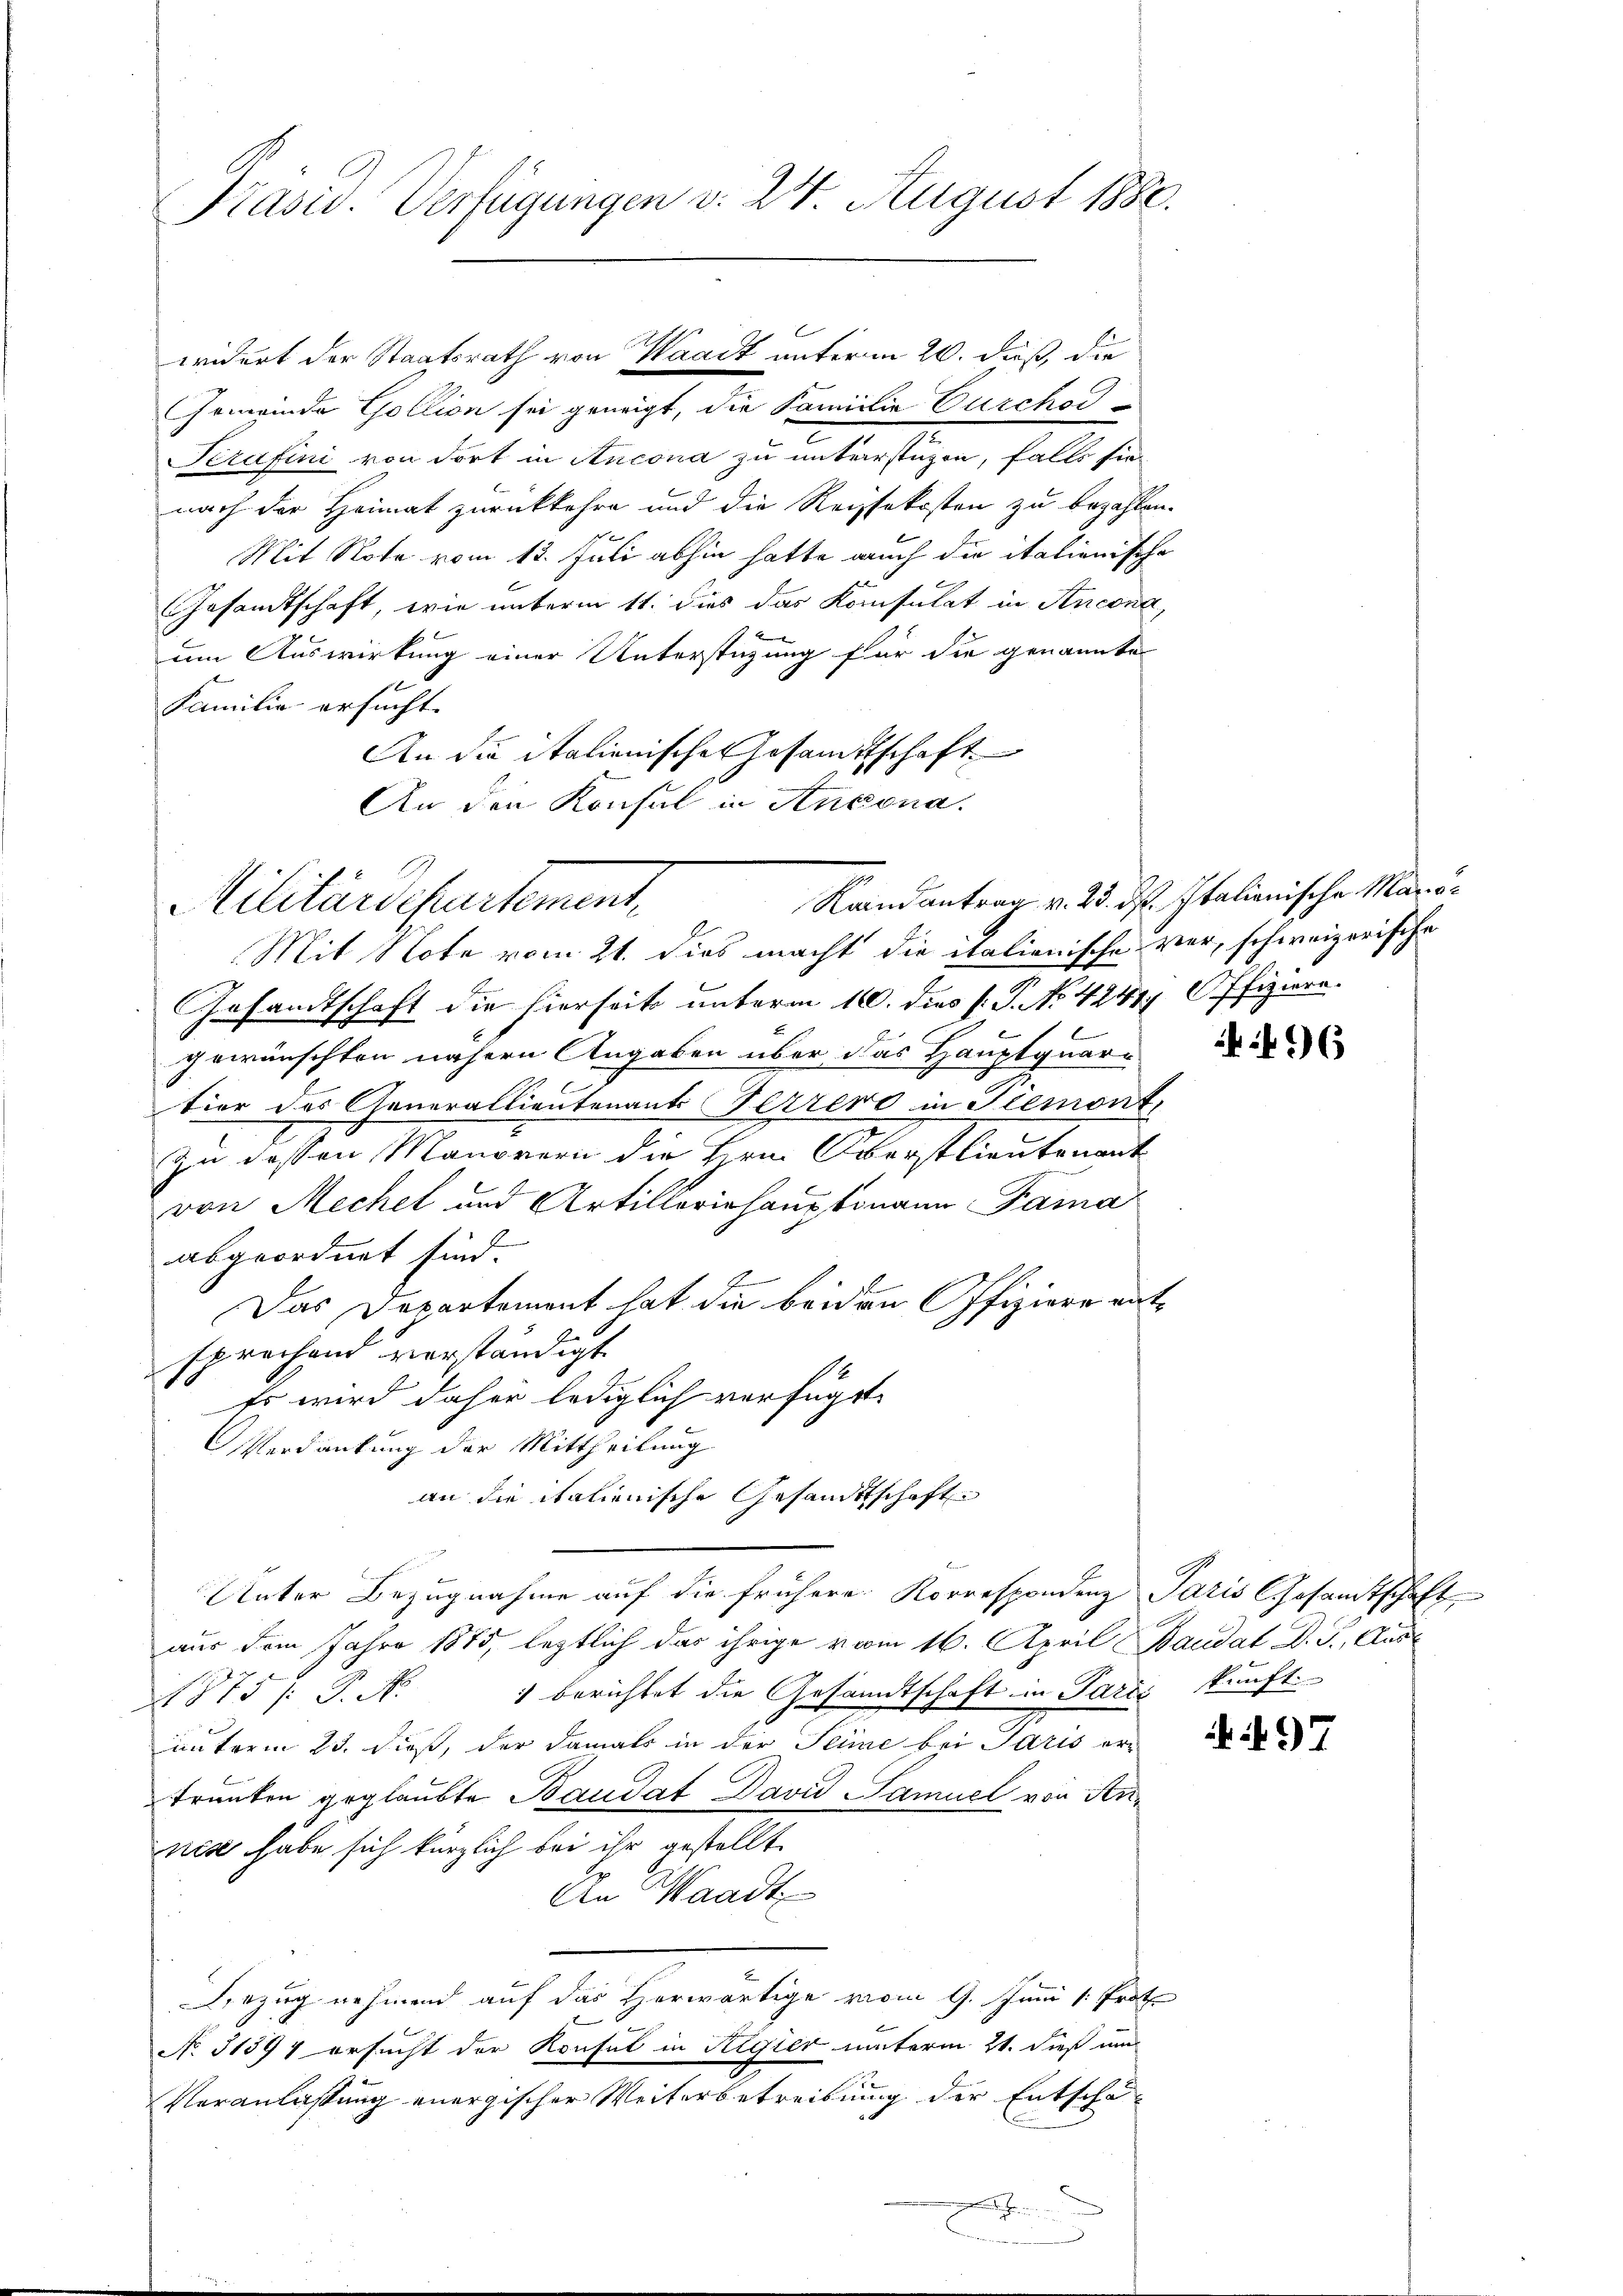
Präsid. Verfügungen d. 24. August 1880.

Gemeinde Gollion sei geneigt, die Familie Durchod-
Kerusini von dort in Ancona zu unterstüzen, falls sie
nach der Heimat zurückkehre und die Reisekosten zu bezahlen.
Mit Note vom 13. Juli abhin hatte auch die italienische
Gesamtschaft, wie unterm 11. dies das Konsulat in Ancona,
um Auswirkung einer Unterstüzung für die genannte
Familie ersucht.
An die italienisches Gesamtschaft
An den Konsul in Antona

widert der Staatsrath von Waadt unterm 20. Fuß, die

Militärdepartement,

Kaindantrag v. 23. ds. Italienische Mara¬

Mit Note vom 21. dies macht die italionische vor, schweizerische
Gesandtschaft die hierseits unterm 16. dies P. P. No 42417 Offiziere.
gewünschten nähern Angaben über das Hauptquar-
tier des Generallieutenant Herrere in Piemont,
Zu dessen Manörern die Hrn. Oberstlieutenant
von Mechel und Artilleriehauptmann Fama
abgeordnet sind.
2
Das Departement hat die beiden Offiziere rat
sprechend verständigt
.
Es wird daher lediglich verfügt:
Verdankung der Mittheilung
an die italienische Gesandtschaft
Unter Bezugnahme auf die frühere Korrespondenz Paris Gesandtschaft
aus dem Jahre 1885, letztlich das ihrige vom 16. April Baudat D. J., Aus¬
1875 /: P. N. 1 berichtet die Gesandtschaft in Parci kunft.
unterm 23. dieß, der damals in der Seine bei Paris ertrunken geglaubte Baudat David Samuel von Annese habe sich kürzlich bei ihr gestellt.
An Waadt
Bezug nehmen auf das Herwärtige vom 9. Juni 1. Prot
No 51394 ersucht der Konsul in Regier unterm 21. dieß um
Veranlassung energischer Weiterbetreibung der Entschäe

6

N. 97